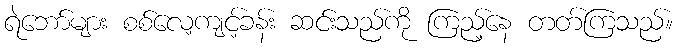
ရဲဘော်များ စစ်လေ့ကျင့်ခန်း ဆင်းသည်ကို ကြည့်နေ တတ်ကြသည်။